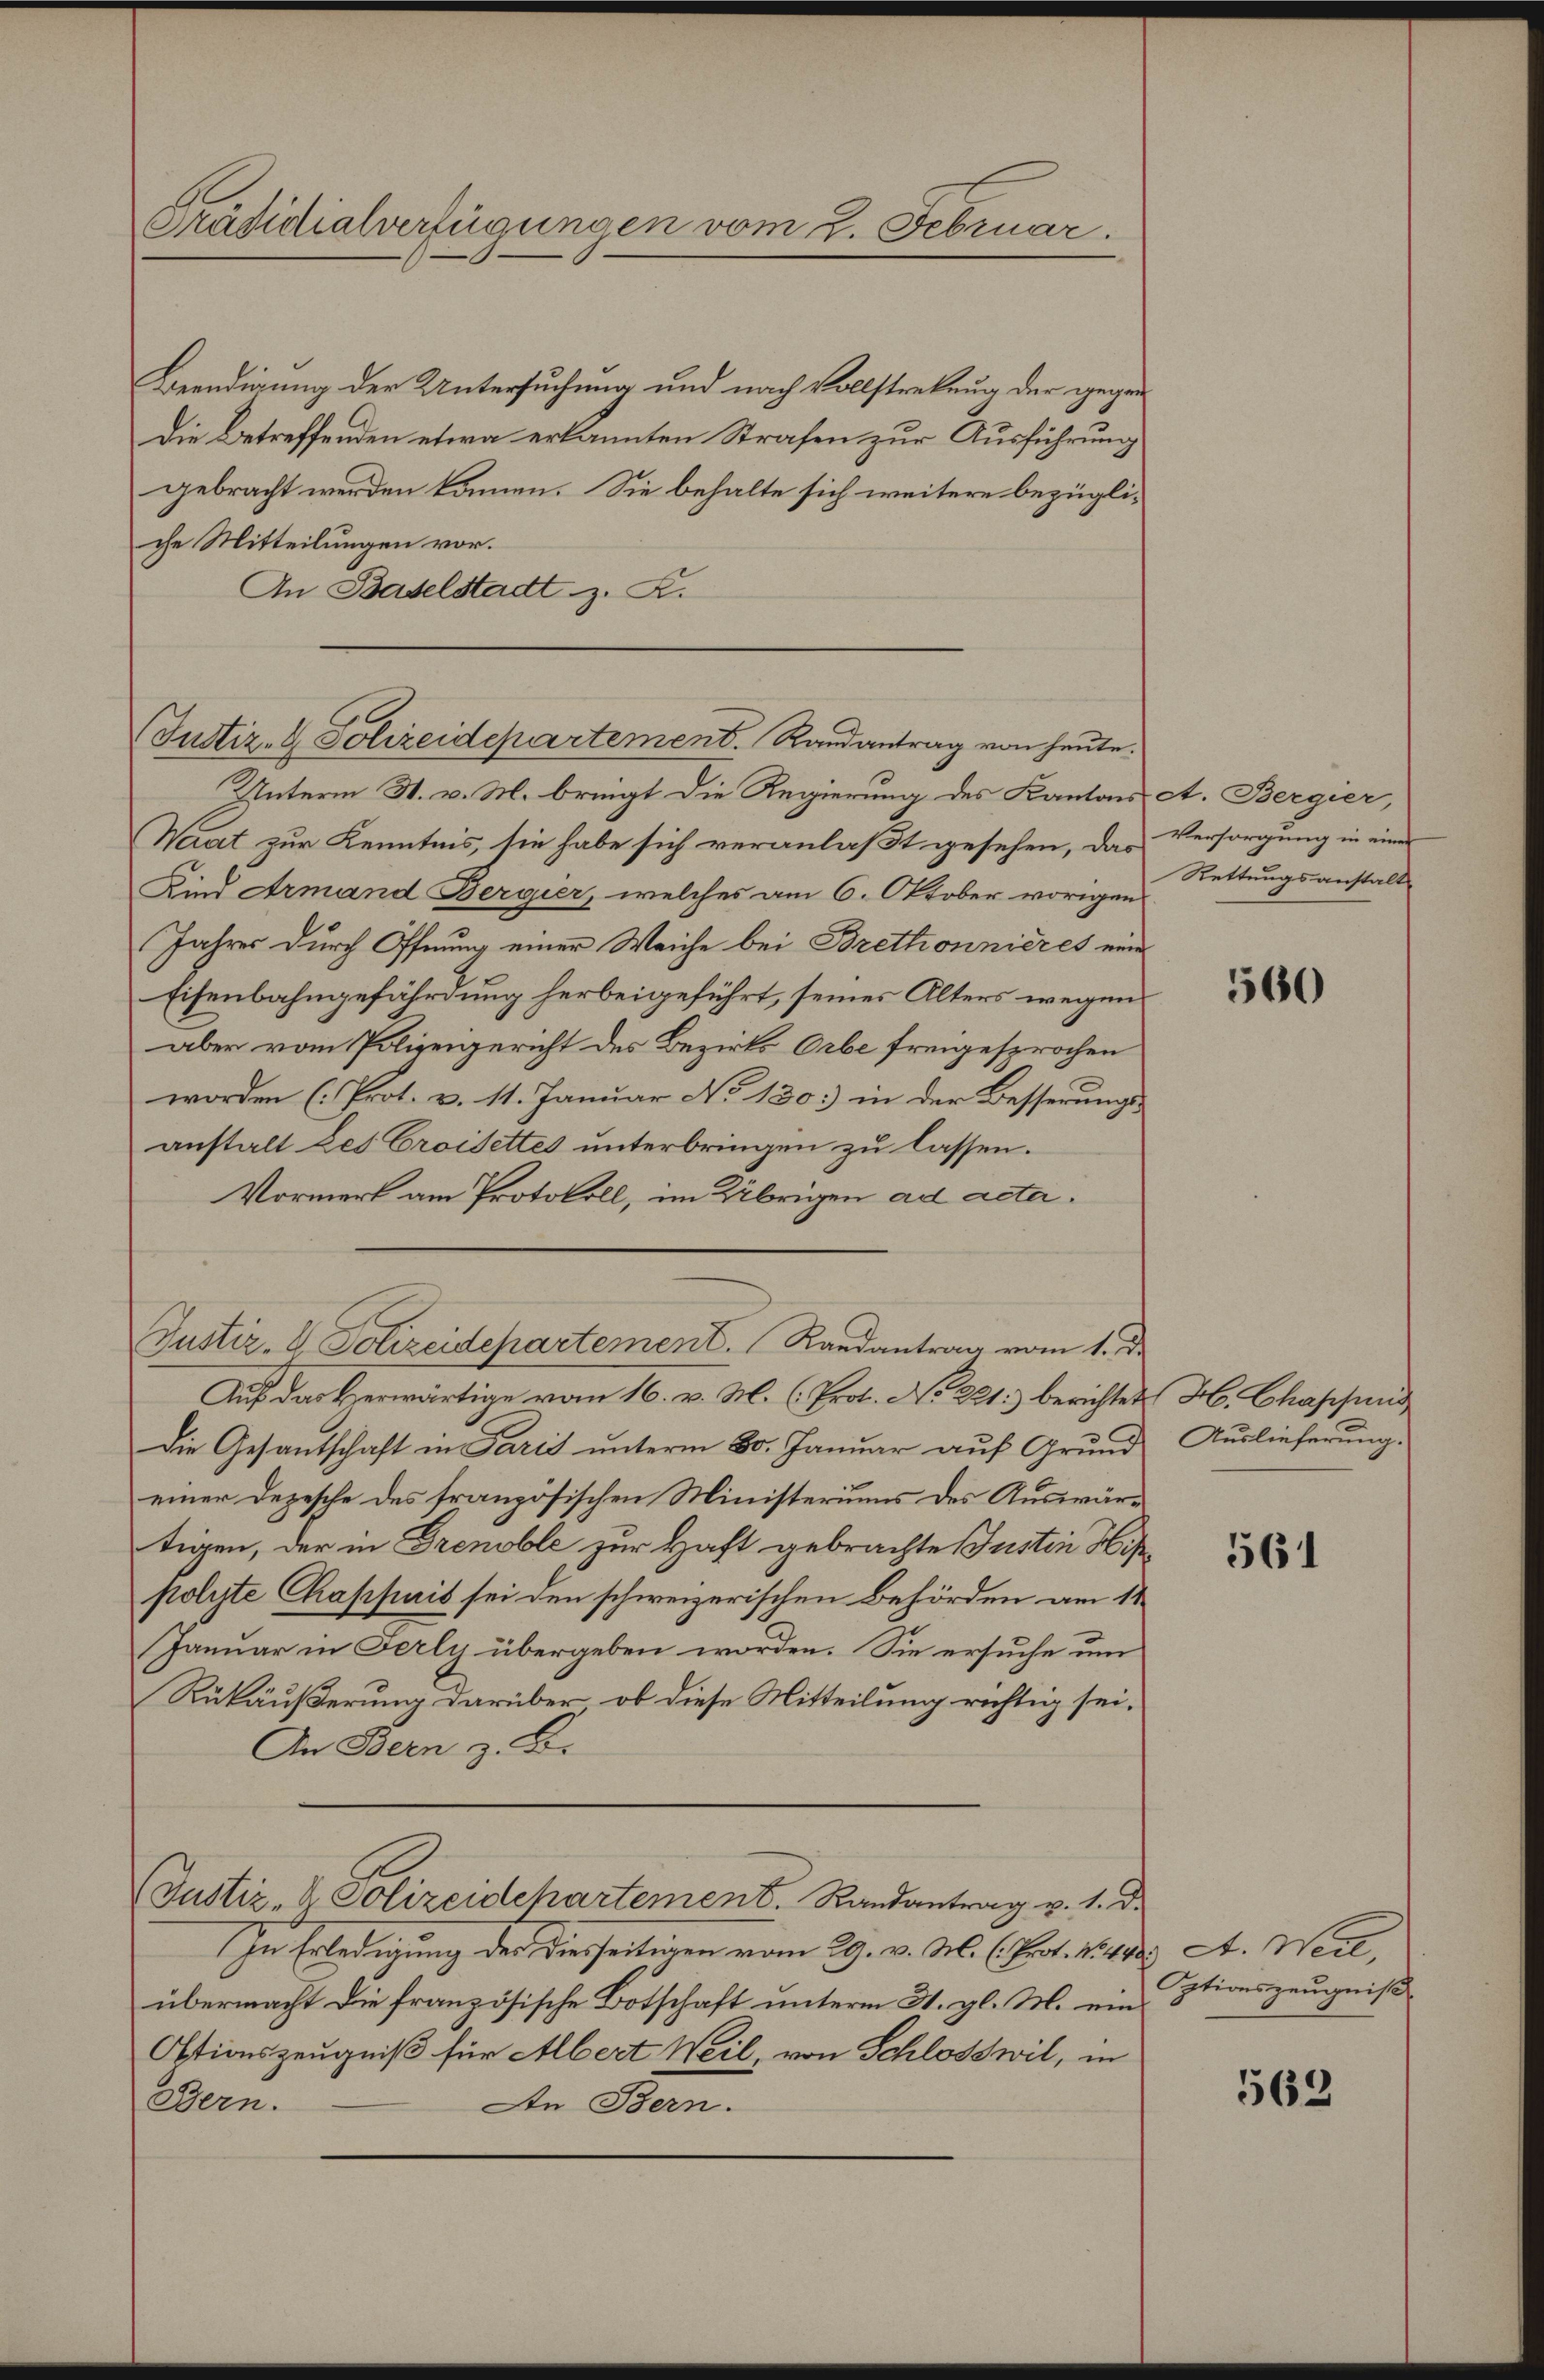
Präsidialverfügungen vom 2. Februar.

Beendigung der Untersuchung und nach Vollstreckung der gegen
Die Betreffenden etwa erkannten Strafen zur Ausführung
gebracht werden können. Sie behalte sich weitere bezügli-
che Mitteilungen vor.
An Baselstadt z. K.
Unterm 31. v. M. bringt die Regierung des Kantons A. Bergier,
Waat zur Kenntnis, sie habe sich veranlaßt gesehen, das Versorgung in einer
Kind Armand Bergier, welches am 6. Oktober vorigen
Jahres durch Öffnung einer Weiche bei Brettonnieres eine
Eisenbahngefährdung herbeigeführt, seines Alters wegen
aber vom Polizeigericht des Bezirks Orbe freigesprochen
worden (Prot. v. 11. Januar No 130.) in der Besserungs-
anstalt Les Croisettes unterbringen zu lassen.
Vormerk am Protokoll, im Übrigen ad acta.
Justiz- & Polizeidepartement. Randantrag vom 1. De
Auf das Herwärtige vom 16. v. M. (Prot. No 221.) berichtet H. Chassung
Die Gesantschaft in Paris ŭnterm 80. Janŭar aŭf Grŭnd Auslieferŭng.
einer Dezesche des französischen Ministeriums des Auswärtigen, der in Grenoble zur Haft gebrachte Justin Hispolyte Chappais sei den schweizerischen Behörden am 11
Januar in Terly übergeben worden. Sie ersuche um
Rükäußerung darüber, ob diese Mitteilung richtig sei.
An Bern z. B.
(Justiz- & Polizeidchartement. Randantrag v. 1. d.
In Erledigung der diesseitigen vom 29. v. M. C. Prot. Nur. A. Weil,
übermacht die französische Botschaft unterm 31. gl. M. ein
Otionszeugniß für Albert Weil, von Schlosswil, in
Bern.
An Bern.
n

Justiz- & Polizeidepartement. Randantrag von heute.

Rettungsanstalt

560

561

Optionszeugniß

562